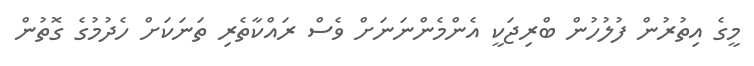
މީގެ އިތުރުން ފުލުހުން ބްރިޖަކީ އެންމެންނަނަށް ވެސް ރައްކާތެރި ތަނަކަށް ހެދުމުގެ ގޮތުން